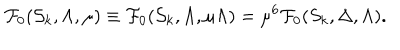
{ \cal F } _ { 0 } ( { \cal S } _ { k } , \Lambda , \mu ) \equiv { \cal F } _ { 0 } ( { \cal S } _ { k } , \Lambda , \mu \Lambda ) = \mu ^ { 6 } { \cal F } _ { 0 } ( S _ { k } , \Delta , \Lambda ) .